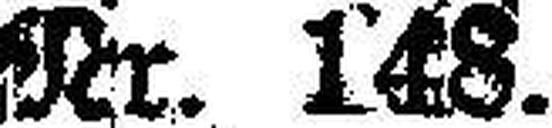
Nr. 148. Seite 37.